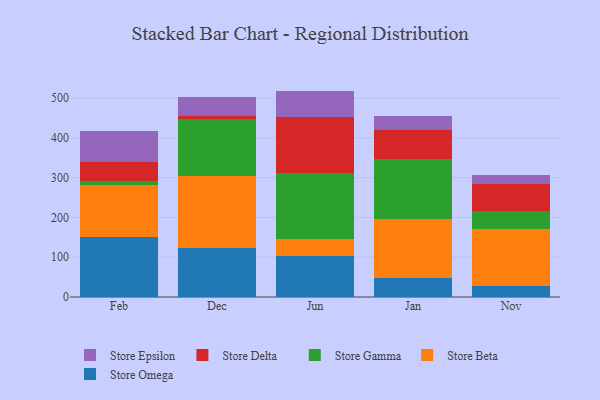
{"axis": {"x": "Month", "y": "Bounce Rate (%)"}, "legend": ["Store Beta", "Store Delta", "Store Epsilon", "Store Gamma", "Store Omega"], "data": [{"x": "Feb", "y": 152.0, "type": "Store Omega"}, {"x": "Feb", "y": 130.5, "type": "Store Beta"}, {"x": "Feb", "y": 10.0, "type": "Store Gamma"}, {"x": "Feb", "y": 45.8, "type": "Store Delta"}, {"x": "Feb", "y": 78.8, "type": "Store Epsilon"}, {"x": "Dec", "y": 123.4, "type": "Store Omega"}, {"x": "Dec", "y": 180.0, "type": "Store Beta"}, {"x": "Dec", "y": 144.8, "type": "Store Gamma"}, {"x": "Dec", "y": 8.0, "type": "Store Delta"}, {"x": "Dec", "y": 46.0, "type": "Store Epsilon"}, {"x": "Jun", "y": 103.7, "type": "Store Omega"}, {"x": "Jun", "y": 43.2, "type": "Store Beta"}, {"x": "Jun", "y": 165.1, "type": "Store Gamma"}, {"x": "Jun", "y": 140.9, "type": "Store Delta"}, {"x": "Jun", "y": 65.5, "type": "Store Epsilon"}, {"x": "Jan", "y": 48.0, "type": "Store Omega"}, {"x": "Jan", "y": 148.0, "type": "Store Beta"}, {"x": "Jan", "y": 150.2, "type": "Store Gamma"}, {"x": "Jan", "y": 73.7, "type": "Store Delta"}, {"x": "Jan", "y": 36.1, "type": "Store Epsilon"}, {"x": "Nov", "y": 28.0, "type": "Store Omega"}, {"x": "Nov", "y": 142.4, "type": "Store Beta"}, {"x": "Nov", "y": 46.0, "type": "Store Gamma"}, {"x": "Nov", "y": 67.3, "type": "Store Delta"}, {"x": "Nov", "y": 23.1, "type": "Store Epsilon"}]}